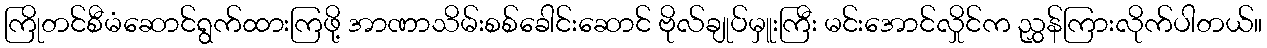
ကြိုတင်စီမံဆောင်ရွက်ထားကြဖို့ အာဏာသိမ်းစစ်ခေါင်းဆောင် ဗိုလ်ချုပ်မှူးကြီး မင်းအောင်လှိုင်က ညွှန်ကြားလိုက်ပါတယ်။